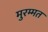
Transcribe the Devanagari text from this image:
मुरम्मत